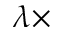
\lambda \times